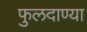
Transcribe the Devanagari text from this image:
फुलदाण्या